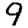
Digit: 9